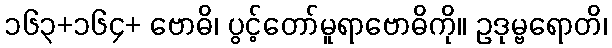
၁၆၃+၁၆၄+ ဗောဓိ၊ ပွင့်တော်မူရာဗောဓိကို။ ဥဒုမ္ဗရောတိ၊